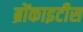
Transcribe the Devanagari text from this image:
ब्रोंकाइटीस